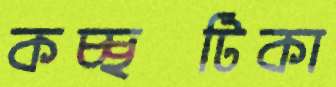
কচ্ছটিকা